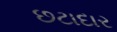
છટાદાર